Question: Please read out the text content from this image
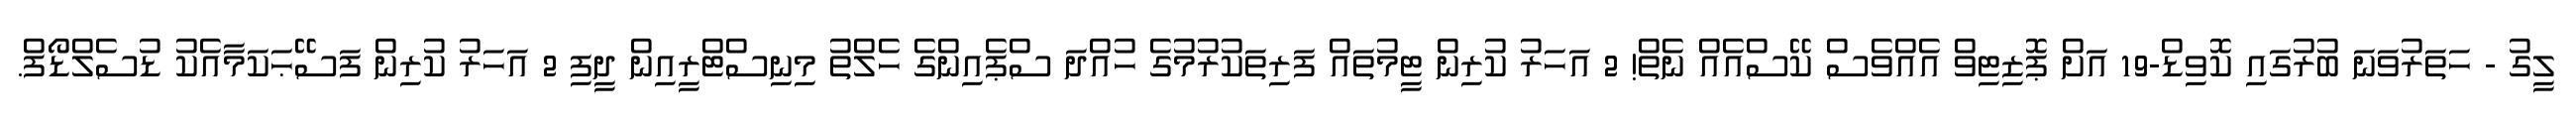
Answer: ލީގު - ހަތަރުވަނަ ބުރުގައި ކޮވިޑް-19 އަށް ޕޮޒިޓިވް އެއްވެސް ކޭސްއެއް ނެތް! 2 އަހަރު ކުރިން ޓީމުތައް ފަރިތަކުރުމުގެ ހުއްދަ ސްޕެއިންގެ ހެލްތު މިނިސްޓްރީއިން ދީފި 2 އަހަރު ކުރިން ފަސޭޙަކަމާއެކު ޑުސެލްޑޯފް.